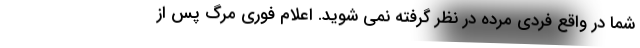
شما در واقع فردی مرده در نظر گرفته نمی شوید. اعلام فوری مرگ پس از